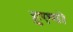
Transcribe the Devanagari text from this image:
हुएगो